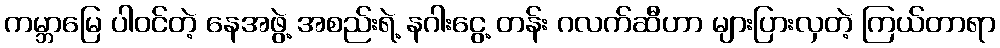
ကမ္ဘာမြေ ပါဝင်တဲ့ နေအဖွဲ့ အစည်းရဲ့ နဂါးငွေ့ တန်း ဂလက်ဆီဟာ များပြားလှတဲ့ ကြယ်တာရာ